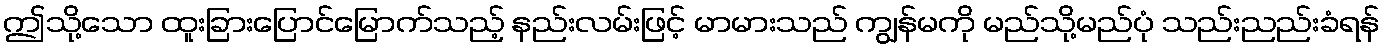
ဤသို့သော ထူးခြားပြောင်မြောက်သည့် နည်းလမ်းဖြင့် မာမားသည် ကျွန်မကို မည်သို့မည်ပုံ သည်းညည်းခံရန်